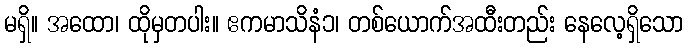
မရှိ။ အထော၊ ထိုမှတပါး။ ဧကမာသိနံ၁၊ တစ်ယောက်အထီးတည်း နေလေ့ရှိသော